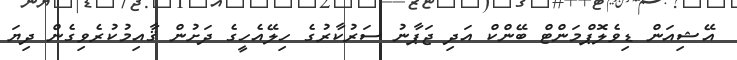
އޭޝިއަން ޑިވެލޮޕްމަންޓް ބޭންކް އަދި ޖަޕާނު ސަރުކާރުގެ ހިލޭއެހީގެ ދަށުން ޤާއިމުކުރެވިގެން ދިޔަ